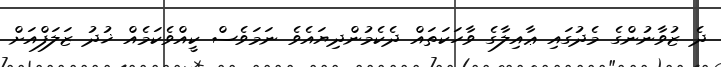
ދެ ޒުވާނުންގެ މެދުގައި ޢާއިލާގެ ވާހަކަތައް ދެކެމުންދިޔައެވެ ނަމަވެސް ކީއްވެކަމެއް ޚުދު ޒަލަފްއަށް